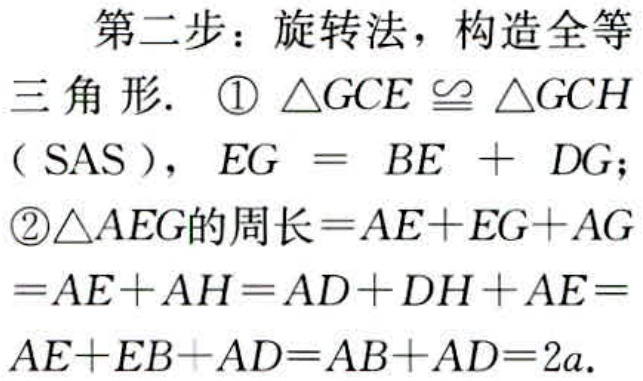
第二步：旋转法，构造全等
三角形. \textcircled{1}$\triangle GCE\cong\triangle GCH$
（SAS），$EG = BE + DG$；
\textcircled{2}$\triangle AEG$的周长$=AE + EG+AG$
$=AE + AH=AD + DH+AE=$
$AE + EB+AD=AB + AD = 2a$.